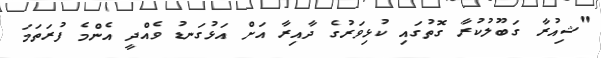
"ޝިއުރާ ގަބޫލުކުރާ ގޮތުގައި ކުޅިވަރުގެ ދާއިރާ އަށް އަޅުގަނޑު ވެއްދީ އެންމެ ފުރަތަމަ